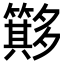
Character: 𥶂